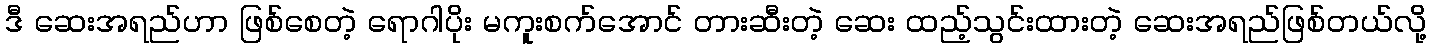
ဒီ ဆေးအရည်ဟာ ဖြစ်စေတဲ့ ရောဂါပိုး မကူးစက်အောင် တားဆီးတဲ့ ဆေး ထည့်သွင်းထားတဲ့ ဆေးအရည်ဖြစ်တယ်လို့